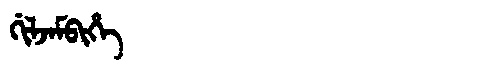
Manchu: ᡤᡳᠯᠵᠠᠮᠪᡳᡥᡝ
Romanization: GILJAMBIHE